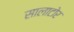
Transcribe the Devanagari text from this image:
सालाटोर